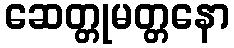
ဆေတ္တုမတ္တနော